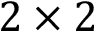
2 \times 2